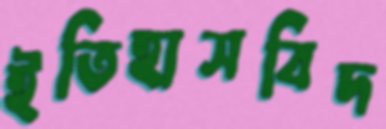
ইতিহাসবিদ